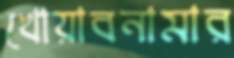
খোয়াবনামার